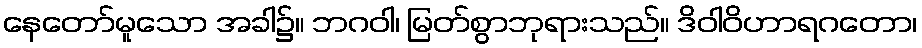
နေတော်မူသော အခါ၌။ ဘဂဝါ၊ မြတ်စွာဘုရားသည်။ ဒိဝါဝိဟာရဂတော၊